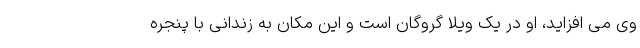
وی می افزاید، او در یک ویلا گروگان است و این مکان به زندانی با پنجره